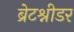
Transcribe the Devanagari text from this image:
ब्रेटश्नीडर